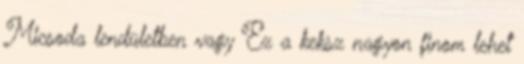
Micsoda lendületben vagy Ez a keksz nagyon finom lehet